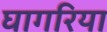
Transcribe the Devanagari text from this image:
घागरिया